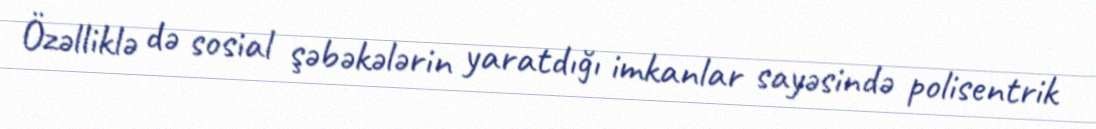
Özəlliklə də sosial şəbəkələrin yaratdığı imkanlar sayəsində polisentrik